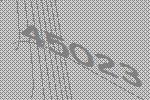
45023